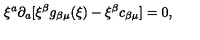
\xi ^ { a } \partial _ { a } [ \xi ^ { \beta } g _ { \beta \mu } ( \xi ) - \xi ^ { \beta } c _ { \beta \mu } ] = 0 ,